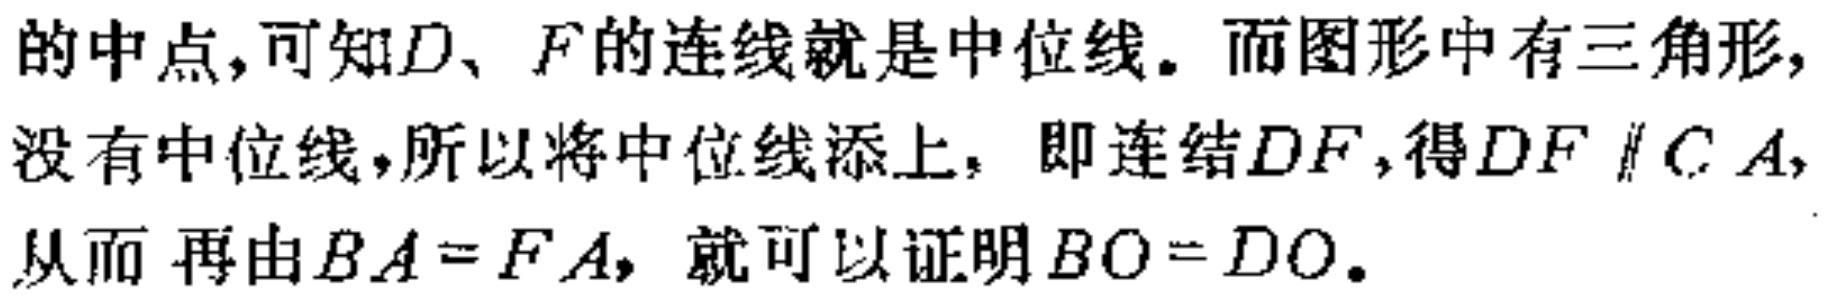
的中点,可知\(D\)、\(F\)的连线就是中位线。而图形中有三角形,没有中位线,所以将中位线添上，即连结\(DF\),得\(DF \parallel CA\),从而 再由\(BA = FA\)，就可以证明\(BO = DO\)。